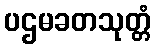
ပဌမခတသုတ္တံ